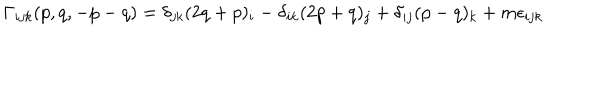
LaTeX: \Gamma _ { i j k } ( p , q , - p - q ) = \delta _ { j k } ( 2 q + p ) _ { i } - \delta _ { i k } ( 2 p + q ) _ { j } + \delta _ { i j } ( p - q ) _ { k } + m \epsilon _ { i j k }